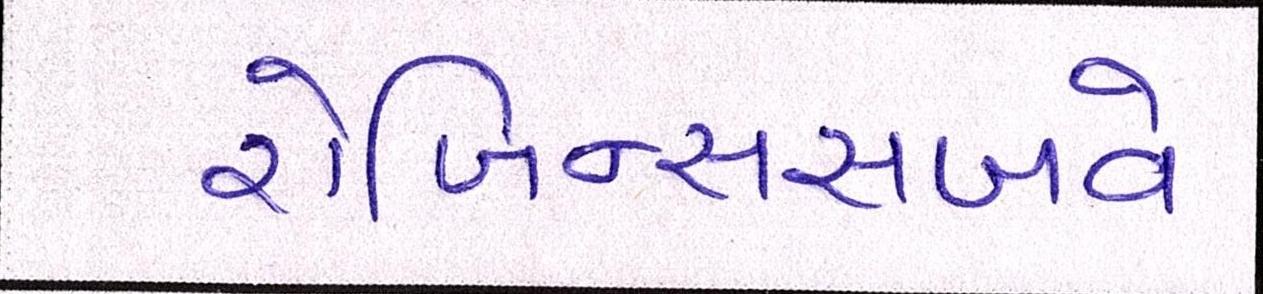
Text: રોબિન્સસબવે